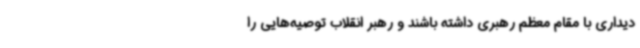
دیداری با مقام معظم رهبری داشته باشند و رهبر انقلاب توصیه‌هایی را